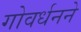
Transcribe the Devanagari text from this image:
गोवर्धनने